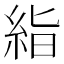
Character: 𥿻